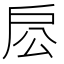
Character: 𢨱